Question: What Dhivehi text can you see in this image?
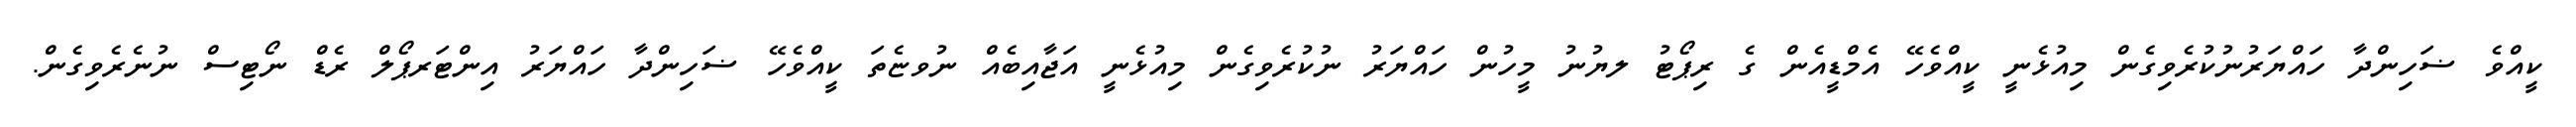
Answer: ކީއްވެ ޟަހިންދާ ހައްޔަރުނުކުރެވިގެން މިއުޅެނީ ކީއްވެހޭ އެމްޑީއެން ގެ ރިޕޯޓު ލޔުނު މީހުން ހައްޔަރު ނުކުރެވިގެން މިއުޅެނީ އަޖާއިބެއް ނުވޏެތަ ކީއްވެހޭ ޟަހިންދާ ހައްޔަރު އިންޓަރޕޯލް ރެޑް ނޯޓިސް ނުނެރެވިގެން.